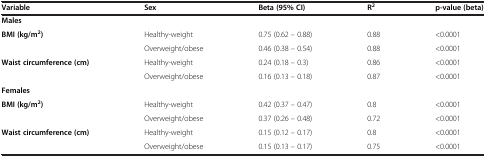
<table><thead><tr><td><b>Variable</b></td><td><b>Sex</b></td><td><b>Beta (95% CI)</b></td><td><b>R<sup>2</sup></b></td><td><b>p-value (beta)</b></td></tr></thead><tbody><tr><td colspan="5"><b>Males</b></td></tr><tr><td rowspan="2"><b>BMI (kg/m</b><sup><b>2</b></sup><b>)</b></td><td>Healthy-weight</td><td>0.75 (0.62 – 0.88)</td><td>0.88</td><td>&lt;0.0001</td></tr><tr><td>Overweight/obese</td><td>0.46 (0.38 – 0.54)</td><td>0.88</td><td>&lt;0.0001</td></tr><tr><td rowspan="2"><b>Waist circumference (cm)</b></td><td>Healthy-weight</td><td>0.24 (0.18 – 0.3)</td><td>0.86</td><td>&lt;0.0001</td></tr><tr><td>Overweight/obese</td><td>0.16 (0.13 – 0.18)</td><td>0.87</td><td>&lt;0.0001</td></tr><tr><td colspan="5"><b>Females</b></td></tr><tr><td rowspan="2"><b>BMI (kg/m</b><sup><b>2</b></sup><b>)</b></td><td>Healthy-weight</td><td>0.42 (0.37 – 0.47)</td><td>0.8</td><td>&lt;0.0001</td></tr><tr><td>Overweight/obese</td><td>0.37 (0.26 – 0.48)</td><td>0.72</td><td>&lt;0.0001</td></tr><tr><td rowspan="2"><b>Waist circumference (cm)</b></td><td>Healthy-weight</td><td>0.15 (0.12 – 0.17)</td><td>0.8</td><td>&lt;0.0001</td></tr><tr><td>Overweight/obese</td><td>0.15 (0.13 – 0.17)</td><td>0.75</td><td>&lt;0.0001</td></tr></tbody></table>